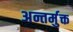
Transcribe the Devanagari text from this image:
अन्तर्मुक्त